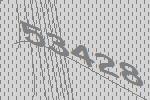
53428